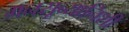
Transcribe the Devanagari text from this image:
मनसूब्यानिशी